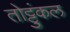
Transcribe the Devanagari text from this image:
तोट्टुंकल